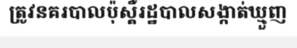
ត្រូវនគរបាលប៉ុស្តិ៍រដ្ឋបាលសង្កាត់ឃ្មួញ